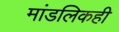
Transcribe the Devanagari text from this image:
मांडलिकही